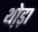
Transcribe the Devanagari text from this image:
थो़ड़ा